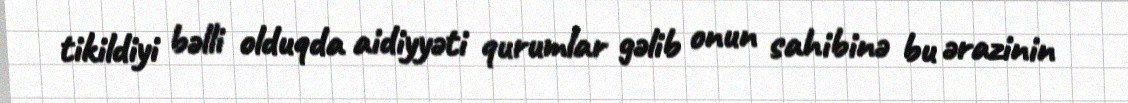
tikildiyi bəlli olduqda aidiyyəti qurumlar gəlib onun sahibinə bu ərazinin